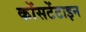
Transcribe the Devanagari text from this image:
कोंसटेंटाइन